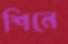
শিনে